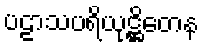
ပဠာသပရိယုဋ္ဌိတေန